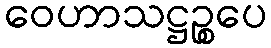
ဝေဟာသဋ္ဌဉ္စပေ